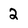
Character: 2